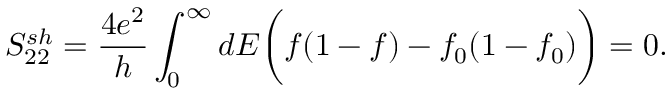
{ S _ { 2 2 } ^ { s h } = \frac { 4 e ^ { 2 } } { h } \int _ { 0 } ^ { \infty } d E \bigg ( f ( 1 - f ) - f _ { 0 } ( 1 - f _ { 0 } ) \bigg ) = 0 . }